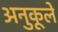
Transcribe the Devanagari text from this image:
अनुकूले